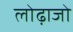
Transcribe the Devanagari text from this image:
लोढ़ाजो